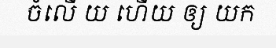
ចំលើ យ ហើយ ឲ្យ យក